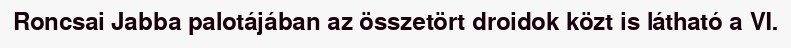
Roncsai Jabba palotájában az összetört droidok közt is látható a VI.